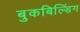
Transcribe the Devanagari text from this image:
बुकबिल्डिंग